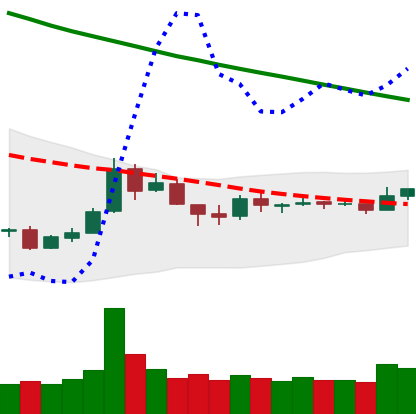
Ticker: TRX-USD
Chart end date: 2018-10-05
Forward return: 8.937%
Label: up_7plus